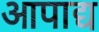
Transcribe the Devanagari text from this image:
आपाद्य